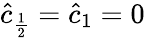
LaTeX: \hat{c}_{\frac{1}{2}}=\hat{c}_{1}=0